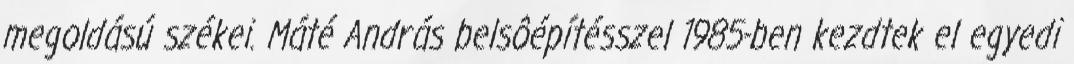
megoldású székei. Máté András belsôépítésszel 1985-ben kezdtek el egyedi